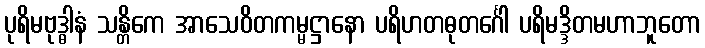
ပုရိမဗုဒ္ဓါနံ သန္တိကေ အာသေဝိတကမ္မဋ္ဌာနော ပရိဟတဓုတင်္ဂေါ ပရိမဒ္ဒိတမဟာဘူတော